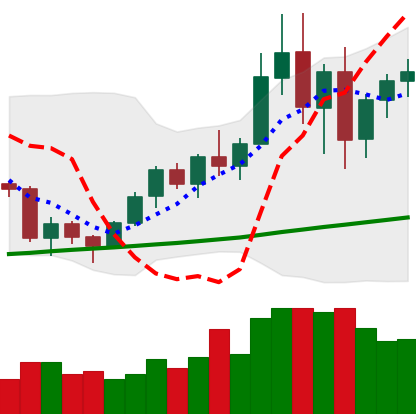
Ticker: BNB-USD
Chart end date: 2020-12-26
Forward return: 11.646%
Label: up_7plus